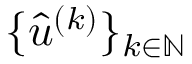
\{ \hat { u } ^ { ( k ) } \} _ { k \in \mathbb { N } }